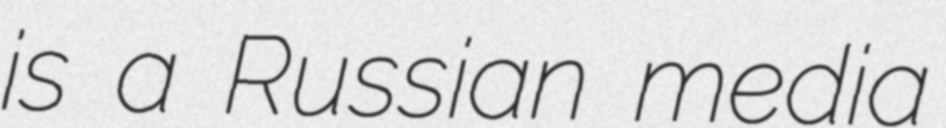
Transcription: is a Russian media